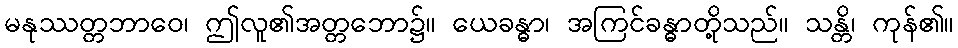
မနုဿတ္တဘာဝေ၊ ဤလူ၏အတ္တဘော၌။ ယေခန္ဓာ၊ အကြင်ခန္ဓာတို့သည်။ သန္တိ၊ ကုန်၏။